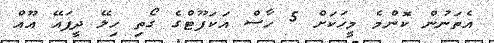
އެތަނުން ކޮންމެ މީހަކަށް 5 ހާސް އަކަފޫޓްގެ ގޯތި ހިލޭ ދީފައޭ އޫއް